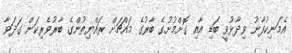
އެމަނިކުފާނު ވިދާޅުވީ ބަޑި އާއި ގޮށްމުށުގެ ބާރުގެ މައްޗަށް ރައްޔިތުންގެ ބާރުވެރިކަން ގަދަވާ